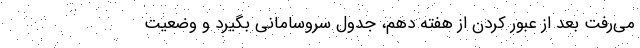
می‌رفت بعد از عبور کردن از هفته دهم، جدول سروسامانی بگیرد و وضعیت